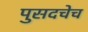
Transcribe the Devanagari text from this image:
पुसदचेच